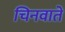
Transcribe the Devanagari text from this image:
चिनवाते